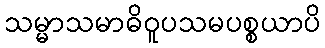
သမ္မာသမာဓိဝူပသမပစ္စယာပိ